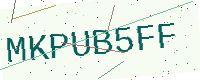
Text: MKPUB5FF